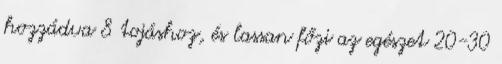
hozzádva 8 tojáshoz, és lassan főzi az egészet 20-30